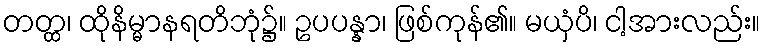
တတ္ထ၊ ထိုနိမ္မာနရတိဘုံ၌။ ဥပပန္နာ၊ ဖြစ်ကုန်၏။ မယှံပိ၊ ငါ့အားလည်း။